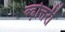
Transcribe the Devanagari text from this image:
ब्ढ़ोत्तरी